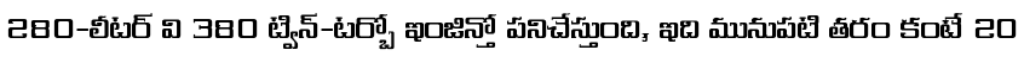
280-లీటర్ వి 380 ట్విన్-టర్బో ఇంజిన్తో పనిచేస్తుంది, ఇది మునుపటి తరం కంటే 20